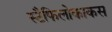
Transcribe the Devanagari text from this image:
स्टैफिलोकाकस